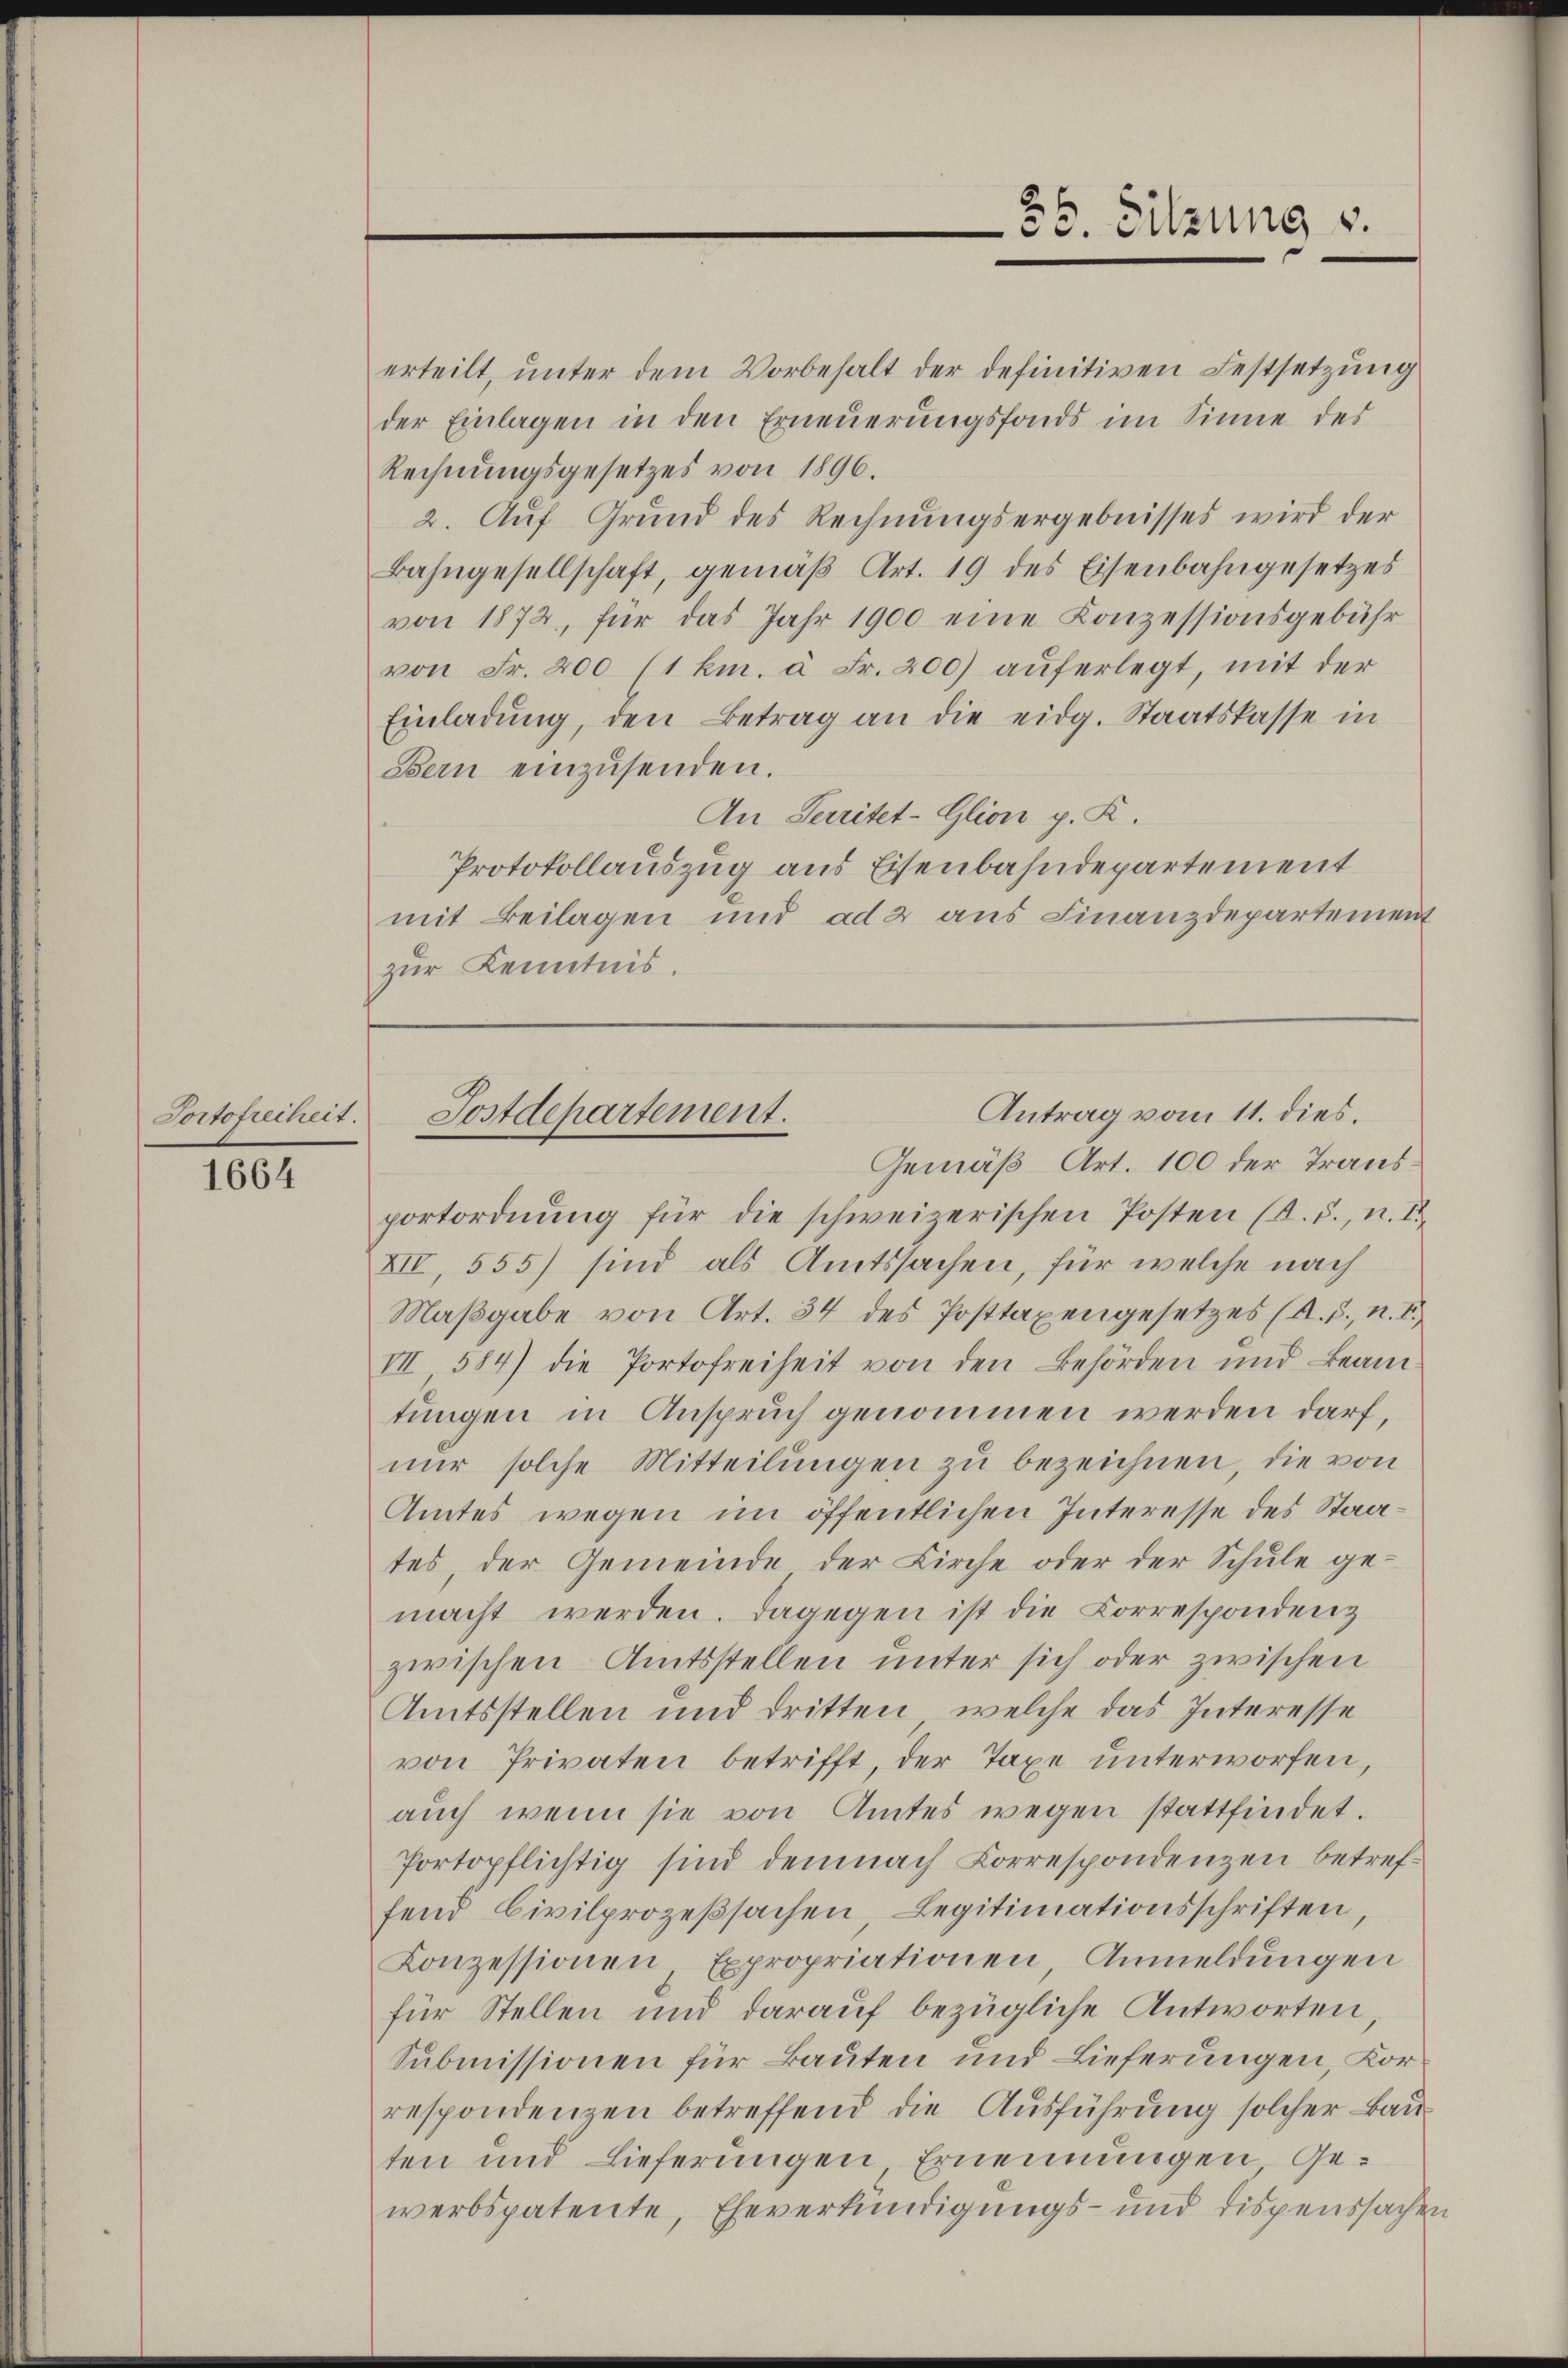
Portofreiheit.

1664

erteilt, ŭnter dem Vorbehalt der definitiven Festsetzung
der Einlagen in den Erneuerungsfonds im Sinne des
Rechnungsgesetzes von 1896.
2. Auf Grund des Rechnungsergebnisses wird der
Bahngesellschaft, gemäβ Art. 19 des Eisenbahngesetzes
von 1872, für das Jahr 1900 eine Konzessionsgebühr
von Fr. 200 (1 km. à Fr. 200) auferlegt, mit der
Einladung, den Betrag an die eidg. Staatskasse in
Bern einzŭsenden.
An Territet-Glion p. K.
Protokollauszug aus Eisenbahndepartement
mit Beilagen und ad 2 aus Finanzdepartement
zŭr Kenntnis.

36. Sitzung v.

Gemäß Art. 100 der Transportordnŭng für die schweizerischen Posten (s. S., n. F.
XII, 555) sind als Amtssachen, für welche nach
Maβgabe von Art. 34 des Posttaxengesetzes (A.S., n. F.
VII. 584) die Portofreiheit von den Behörden und Beam
tungen in Anspruch genommen werden darf,
nur solche Mitteilungen zu bezeichnen, die von
Amtes wegen im öffentlichen Interesse des Staates der Gemeinde der Kirche oder der Schule ge-
macht werden. Dagegen ist die Korrespondenz
zwischen Amtsstellen unter sich oder zwischen
Amtsstellen und dritten, welche das Interesse
von Privaten betrifft, der Taxe unterworfen,
aŭch wenn sie von Amtes wegen stattfindet.
Portopflichtig sind demnach Correspondenzen betreffend Civilprozeβsachen, Legitimationsschriften,
Konzessionen Expropriationen, Anmeldungen
für Stellen und darauf bezügliche Antworten
Submissionen für Bauten und Lieferungen, Korrespondenzen betreffend die Ausführung solcher Bau-
ten und Lieferungen Ernennungen Gewerbspatente, Eheverkündigungs- und dispenssachen

Antrag vom 11. dies.
Postdepartement.